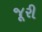
જૂરી